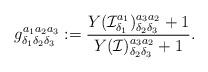
LaTeX: \begin{align*}g_{\delta_{1}\delta_{2}\delta_{3}}^{a_{1}a_{2}a_{3}}:=\frac{Y(\mathcal{I}_{\delta_{1}}^{a_{1}})_{\delta_{2}\delta_{3}}^{a_{3}a_{2}}+1}{Y(\mathcal{I})_{\delta_{2}\delta_{3}}^{a_{3}a_{2}}+1}. \end{align*}